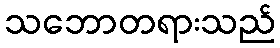
သဘောတရားသည်